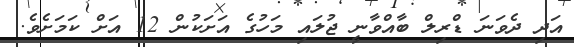
އަދި ދެވަނަ ޑްރިލް ބާއްވާނީ ޖުލައި މަހުގެ އަށަކުން 12 އަށް ކަމަށެވެ.